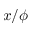
x / \phi